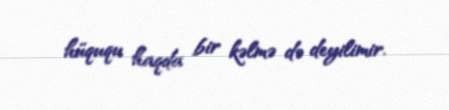
hüququ haqda bir kəlmə də deyilimir.